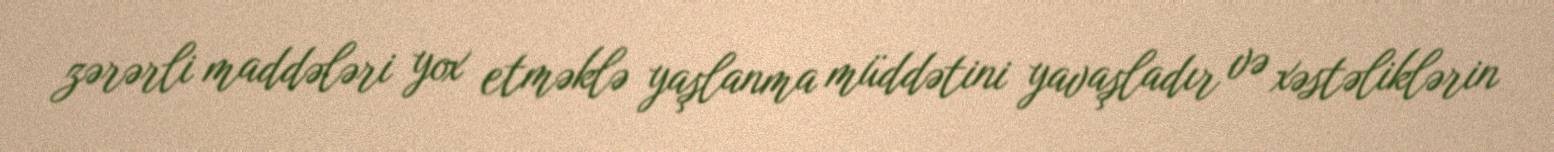
zərərli maddələri yox etməklə yaşlanma müddətini yavaşladır və xəstəliklərin